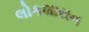
લોકશાસન